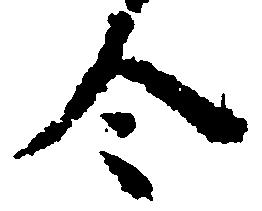
令